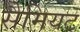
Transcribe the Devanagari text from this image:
सैमियट